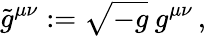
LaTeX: \tilde{g}^{\mu\nu}:=\sqrt{-g}\: g^{\mu\nu}\, ,